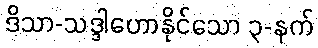
ဒိသာ-သဒ္ဒါဟောနိုင်သော ၃-နက်